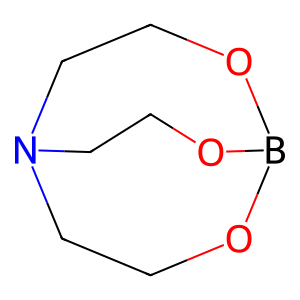
SMILES: C1CN2CCOB(O1)OCC2
Inhibits HIV replication: No